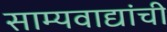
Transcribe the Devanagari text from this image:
साम्यवाद्यांची